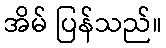
အိမ် ပြန်သည်။